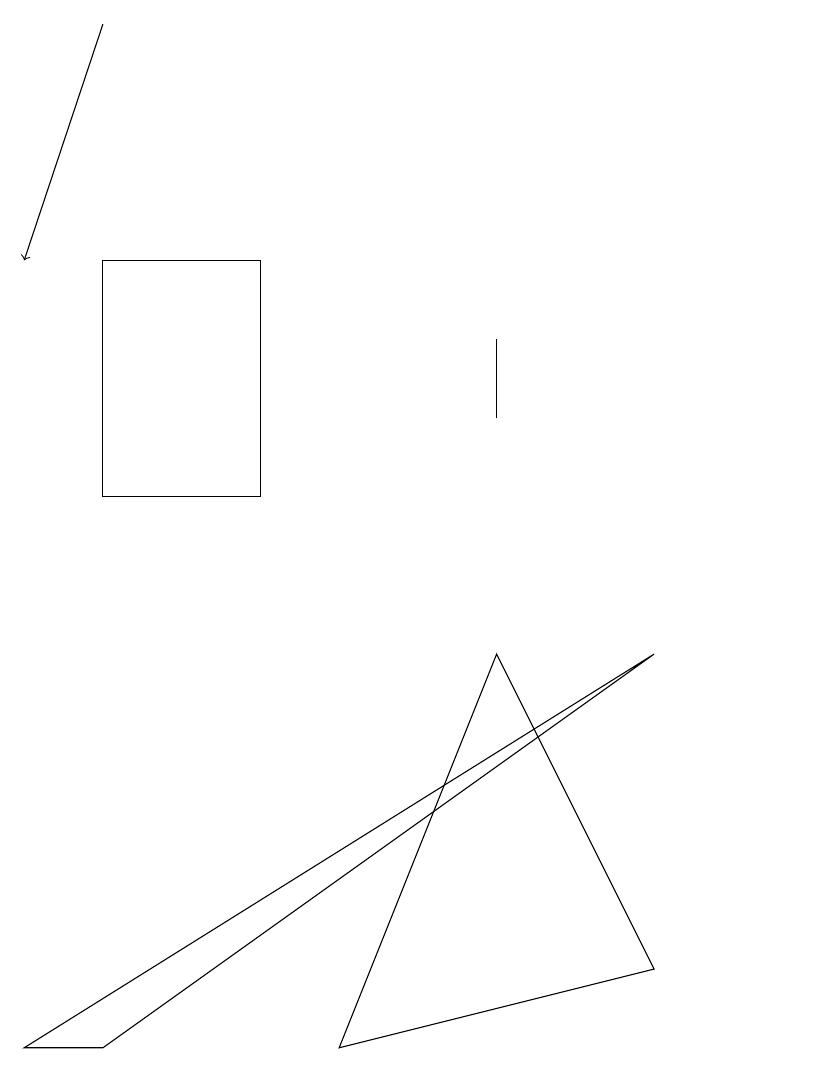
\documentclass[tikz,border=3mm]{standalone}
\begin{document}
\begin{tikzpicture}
\draw (4,14) rectangle (2,11);
\draw (11,11) circle (0);
\draw (7,12) rectangle (7,13);
\draw (1,4) -- (2,4) -- (9,9) -- cycle;
\draw (9,5) -- (5,4) -- (7,9) -- cycle;
\draw[->] (2,17) -- (1,14);
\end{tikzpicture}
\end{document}